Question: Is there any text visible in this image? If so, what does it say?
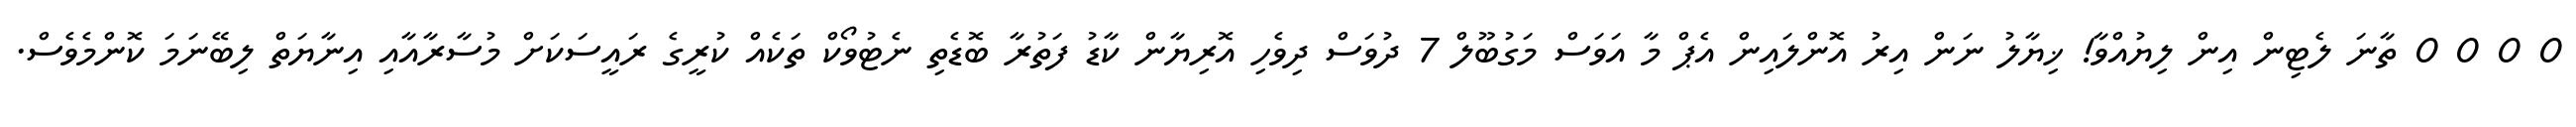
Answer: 0 0 0 0 ތާނަ ލެޓިން އިން ލިޔުއްވާ! ޚިޔާލު ނަން އިރު އޮންލައިން އެޕް މާ އަވަސް މަގުބޫލް 7 ދުވަސް ދިވެހި އޮރިޔާން ކާޑު ފަތުރާ ބޮޑެތި ނެޓުވޯކް ތަކެއް ކުރީގެ ރައީސަކަށް މުސާރާއާއި އިނާޔަތް ލިބޭނަމަ ކޮންމެވެސް.